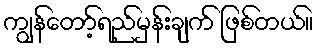
ကျွန်တော့်ရည်မှန်းချက် ဖြစ်တယ်။